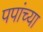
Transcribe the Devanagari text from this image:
पपांच्या